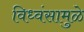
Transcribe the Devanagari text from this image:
विध्वंसामुळे